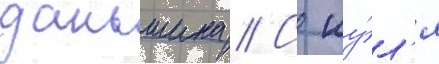
даньшина // С иу́л'я